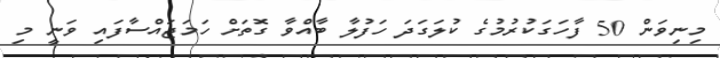
މިނިވަން 50 ފާހަގަކުރުމުގެ ކުލަގަދަ ހަފުލާ ބާއްވާ ގޮތަށް ހަމަޖައްސާފައި ވަނީ މި